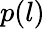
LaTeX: p(l)